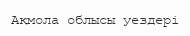
Ақмола облысы уездері